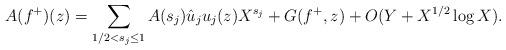
LaTeX: \begin{align*} A(f^+) (z) = \sum_{1/2 < s_j \leq 1} A(s_j) \hat{u}_j u_j(z) X^{s_j} + G(f^+,z) + O(Y + X^{1/2} \log X).\end{align*}